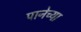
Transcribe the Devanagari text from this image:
पानेच्या